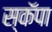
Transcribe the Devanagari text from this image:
स्कॅपा